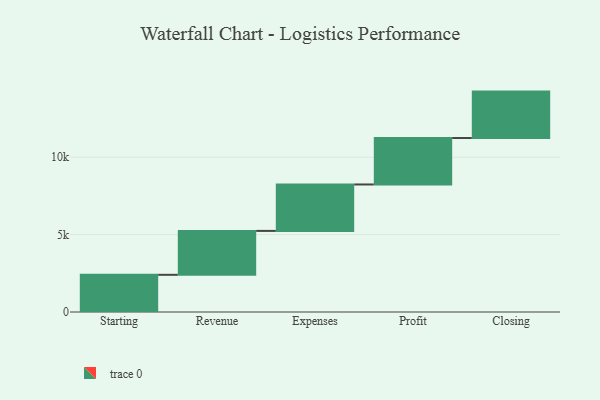
{"axis": {"x": "Step", "y": "Value"}, "legend": [""], "data": [{"x": "Starting", "y": 2403.0, "type": ""}, {"x": "Revenue", "y": 2837.0, "type": ""}, {"x": "Expenses", "y": 3000, "type": ""}, {"x": "Profit", "y": 3000, "type": ""}, {"x": "Closing", "y": 3000, "type": ""}]}